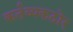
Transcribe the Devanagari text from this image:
कर्तव्यकठोर